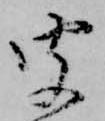
聞